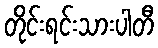
တိုင်းရင်းသားပါတီ